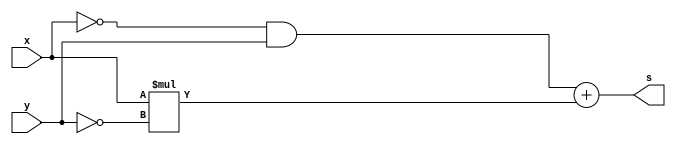
// Exercicio 06
// Wadson Gomes Ferreira
// 460631
// Tabela-Verdade XOR usando a'*b + a*b'

module tabelaXOR(output s, input x, input y);
       assign s = (~x & y) + (x * ~y);
endmodule

module teste;
       reg a,b;
       wire s;
       tabelaXOR T1(s,a,b);
       initial begin
               #1
                 a=0;
                 b=0;
               #1
                 $display("Exercicio06 - Wadson Gomes Ferreira - 460631");
                 $display("Tabela-Verdade XOR usando propriedade");
                 $monitor("a=%b , b=%b => %b",a,b,s);
               #1
                 a=0;
                 b=1;
               #1
                 a=1;
                 b=0;
               #1
                 a=1;
                 b=1;
       end
endmodule